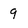
Character: 9